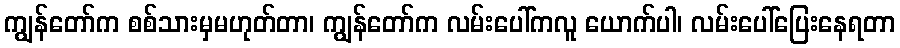
ကျွန်တော်က စစ်သားမှမဟုတ်တာ၊ ကျွန်တော်က လမ်းပေါ်ကလူ ယောက်ပါ၊ လမ်းပေါ်ပြေးနေရတာ